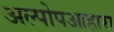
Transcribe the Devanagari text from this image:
अल्पोपआहारा